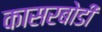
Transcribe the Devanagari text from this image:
कासरबोडी